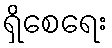
ရှိစေရေး